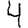
Digit: 4